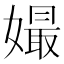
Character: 𡡔